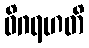
ဝိဂရဟတိ